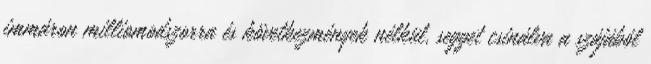
immáron milliomodszorra és következmények nélkül, segget csinálva a szájából